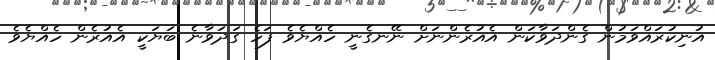
އުނިކުރައްވަމުން ގެންދަވާކަން އެއުރެންނަށް ނޭނގެނީ ހެއްޔެވެ ފަހެ ގަދަވާނެ ބަޔަކީ އެއުރެން ހެއްޔެވެ